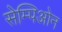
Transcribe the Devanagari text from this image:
सेम्पिओन